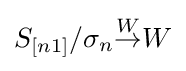
S_{[n1]}/\sigma _{n}{\overset {W}{\to }}W